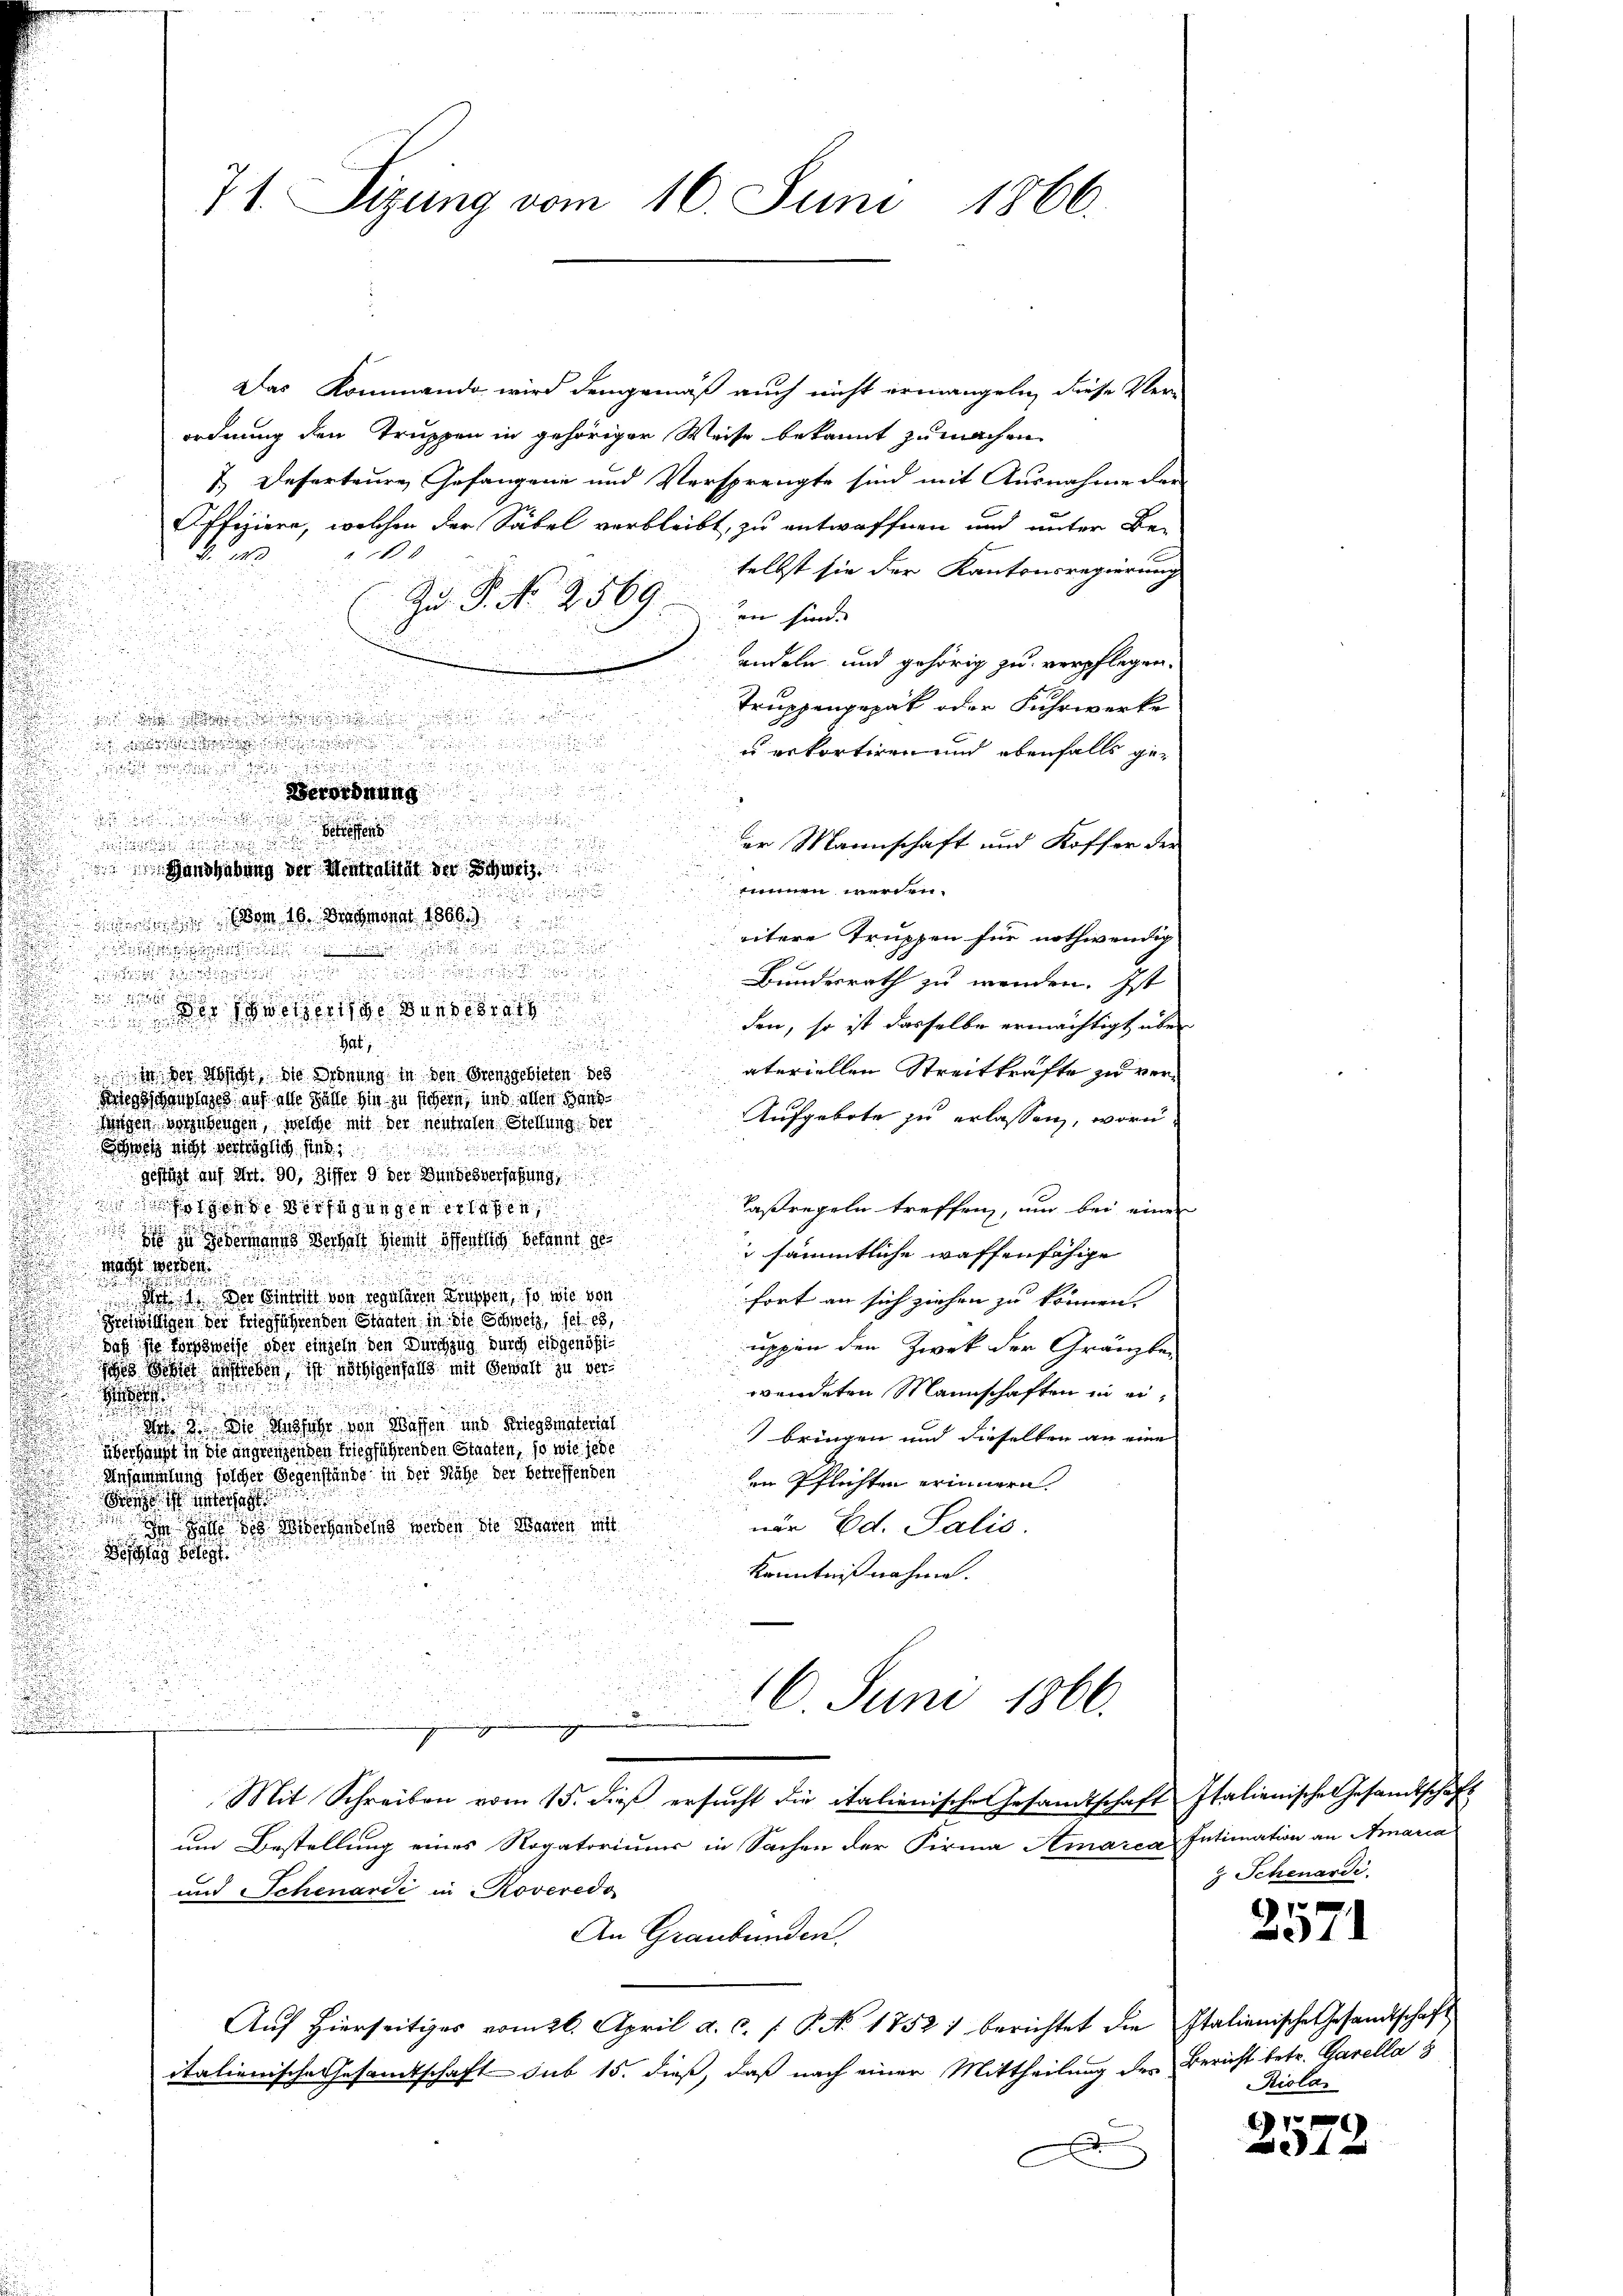
Das Kommando wird demgemäß auch nicht ermangeln, diese Ver-
ordnung den Truppen in gehöriger Weise bekannt zumachen
7. Deserteure Gefangene und Versprengte sind mit Ausnahme der
Offiziere, welchen der Säbel verbleibt, zu entwaffnen und unter Be-
0

selbst sie der Kantonsregierung
Zu. P. No 2569.
en sind. |
andeln und gehörig zu verpflegen.

Truppengepat oder Fuhrwerke

u erkortiren und ebenfalls ge¬

u
Verordnung

e
.

der Mannschaft und Koffer der
 Handhabung der Mentralität der Schweiz
u
.
tinen werden.

 von 16. Demonat 1866.

eitere Trüssen für nothwendig
d
.

Bundesrath zu wenden. Ist
u

den, so ist dasselbe ermächtigt über
.
ateriellen Streitkräfte zu verin der Nicht die Ordnung in den Grenzgebieten des
Biegsschauslages auf alle Fälle hin zu sichern, und allen Haus¬
Aufgebote zu erlassen, worin
Wolgen vorzubengen, welche mit der neutralen Stellung der
Des nicht verträglich sind

gestüzt auf Art. 90, Ziffer 9 der Bundesverfaßung
Taßregeln treffen, um bei einer
one erfügungen erlesen
  in Gebermanns Verhalt hier öffentlich bekannt ge¬
 sämmtliche waffenfähige
macht werden.

u
.
Not 1. Der Eintritt von regulären Truppen, so wie von
fort an sich ziehen zu können.
n
Behörigen der triegführenden Stanten in die Schweiz, sei es,
s
daß sie Forstweise oder einzeln den Durchzug durch eidgenößiuppen den Zwek der Gränzber
ses Sehnet an sieben ist nöthigenfalls mit Gehalt zu der
.
.
wendeten Mannschaften in ei¬

de 3. Die Aussiche von Wassen und Kriegsmaterial
.
bringen und dieselben an eine
.
verhängt in die angrenzenden Siegführenden Staaten, so wie jede
Ansammlung solcher Gegenstände in der Nähe der betreffenden
en Pflichten erinnern.
 Sie ich geschaft
när Ed. Salis.
In Hause des Verhandeln werden die Manten mitt
.

.
Kenntnißnahme.
.
16. Juni 1866.

u

71 Sizung vom 16. Juni 1866.

Der votierte Bundesrath
H

Mit Schreiben vom 15. dieß ersŭcht die italienische Gesandtschaft Italienische Gesandtschaft

um Bestellung eines Rogatorium in Sachen der Firma Amarca Intimation an Araria
und Schenardi in Roveredo
An Graubünden.
Auf hierseitiges vom 26. April a. c. /. P. No. 1752) berichtet die Italienische Gesandtschaft
italienische Gesamtschaft sub 15. dieß, daß nach einer Mittheilung des Bericht betr. Garella s
d

3 Schenardi.

1
x

Riola

1
 4 x